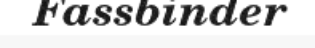
Fassbinder